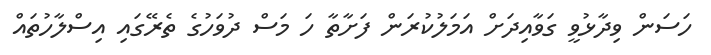
ހަސަން ވިދާޅުވީ ގަވާއިދަށް އަމަލުކުރަން ފަށާތާ ހަ މަސް ދުވަހުގެ ތެރޭގައި އިސްލާހުތައް